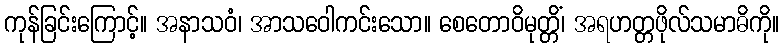
ကုန်ခြင်းကြောင့်။ အနာသဝံ၊ အာသဝေါကင်းသော။ စေတောဝိမုတ္တိံ၊ အရဟတ္တဖိုလ်သမာဓိကို။